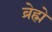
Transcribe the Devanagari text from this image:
ब्रेह्मे